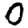
Digit: 0